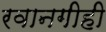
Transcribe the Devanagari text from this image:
रवानगीही